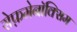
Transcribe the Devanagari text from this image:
सेफ़मेनॉक्सिम